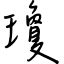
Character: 瓊